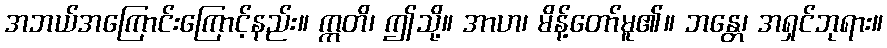
အဘယ်အကြောင်းကြောင့်နည်း။ ဣတိ၊ ဤသို့။ အာဟ၊ မိန့်တော်မူ၏။ ဘန္တေ၊ အရှင်ဘုရား။